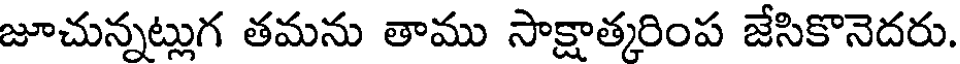
జూచున్నట్లుగ తమను తాము సాక్షాత్కరింప జేసికొనెదరు.